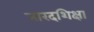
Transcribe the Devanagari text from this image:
नारदशिक्षा